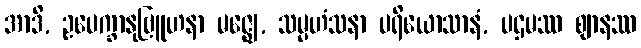
အာဒိ, ဥပေက္ခာနုဗြူဟနာ မဇ္ဈေ, သမ္ပဟံသနာ ပရိယောသာနံ, ပဌမဿ ဈာနဿ